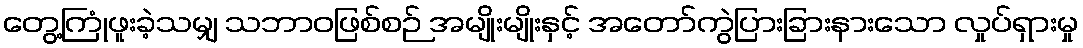
တွေ့ကြုံဖူးခဲ့သမျှ သဘာဝဖြစ်စဉ် အမျိုးမျိုးနှင့် အတော်ကွဲပြားခြားနားသော လှုပ်ရှားမှု